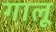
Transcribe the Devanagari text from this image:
गालू